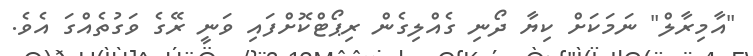
"އާމިރާލް" ނަމަކަށް ކިޔާ ދޯނި ގެއްލިގެން ރިޕޯޓްކޮށްފައި ވަނީ ރޭގެ ވަގުތެއްގަ އެވެ.